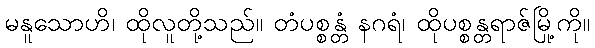
မနူသောဟိ၊ ထိုလူတို့သည်။ တံပစ္စန္တံ နဂရံ၊ ထိုပစ္စန္တရာဇ်မြို့ကို။